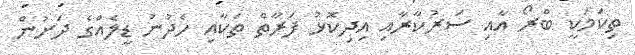
ތިކަމަކީ ބްރޯ އާއި ސަރުކާރާއި އިދިކޮޅު ފަރާތް ތަކާއި ހެދުނު ޑީލެއްގެ ދަށުން